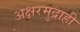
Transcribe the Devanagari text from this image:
अक्षरमुद्राही